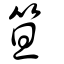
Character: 笪